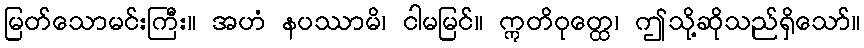
မြတ်သောမင်းကြီး။ အဟံ နပဿာမိ၊ ငါမမြင်။ ဣတိဝုတ္ထေ၊ ဤသို့ဆိုသည်ရှိသော်။